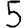
Digit: 5